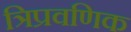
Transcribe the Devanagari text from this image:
त्रिप्रवणिक